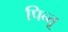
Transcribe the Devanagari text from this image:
पिन्तू